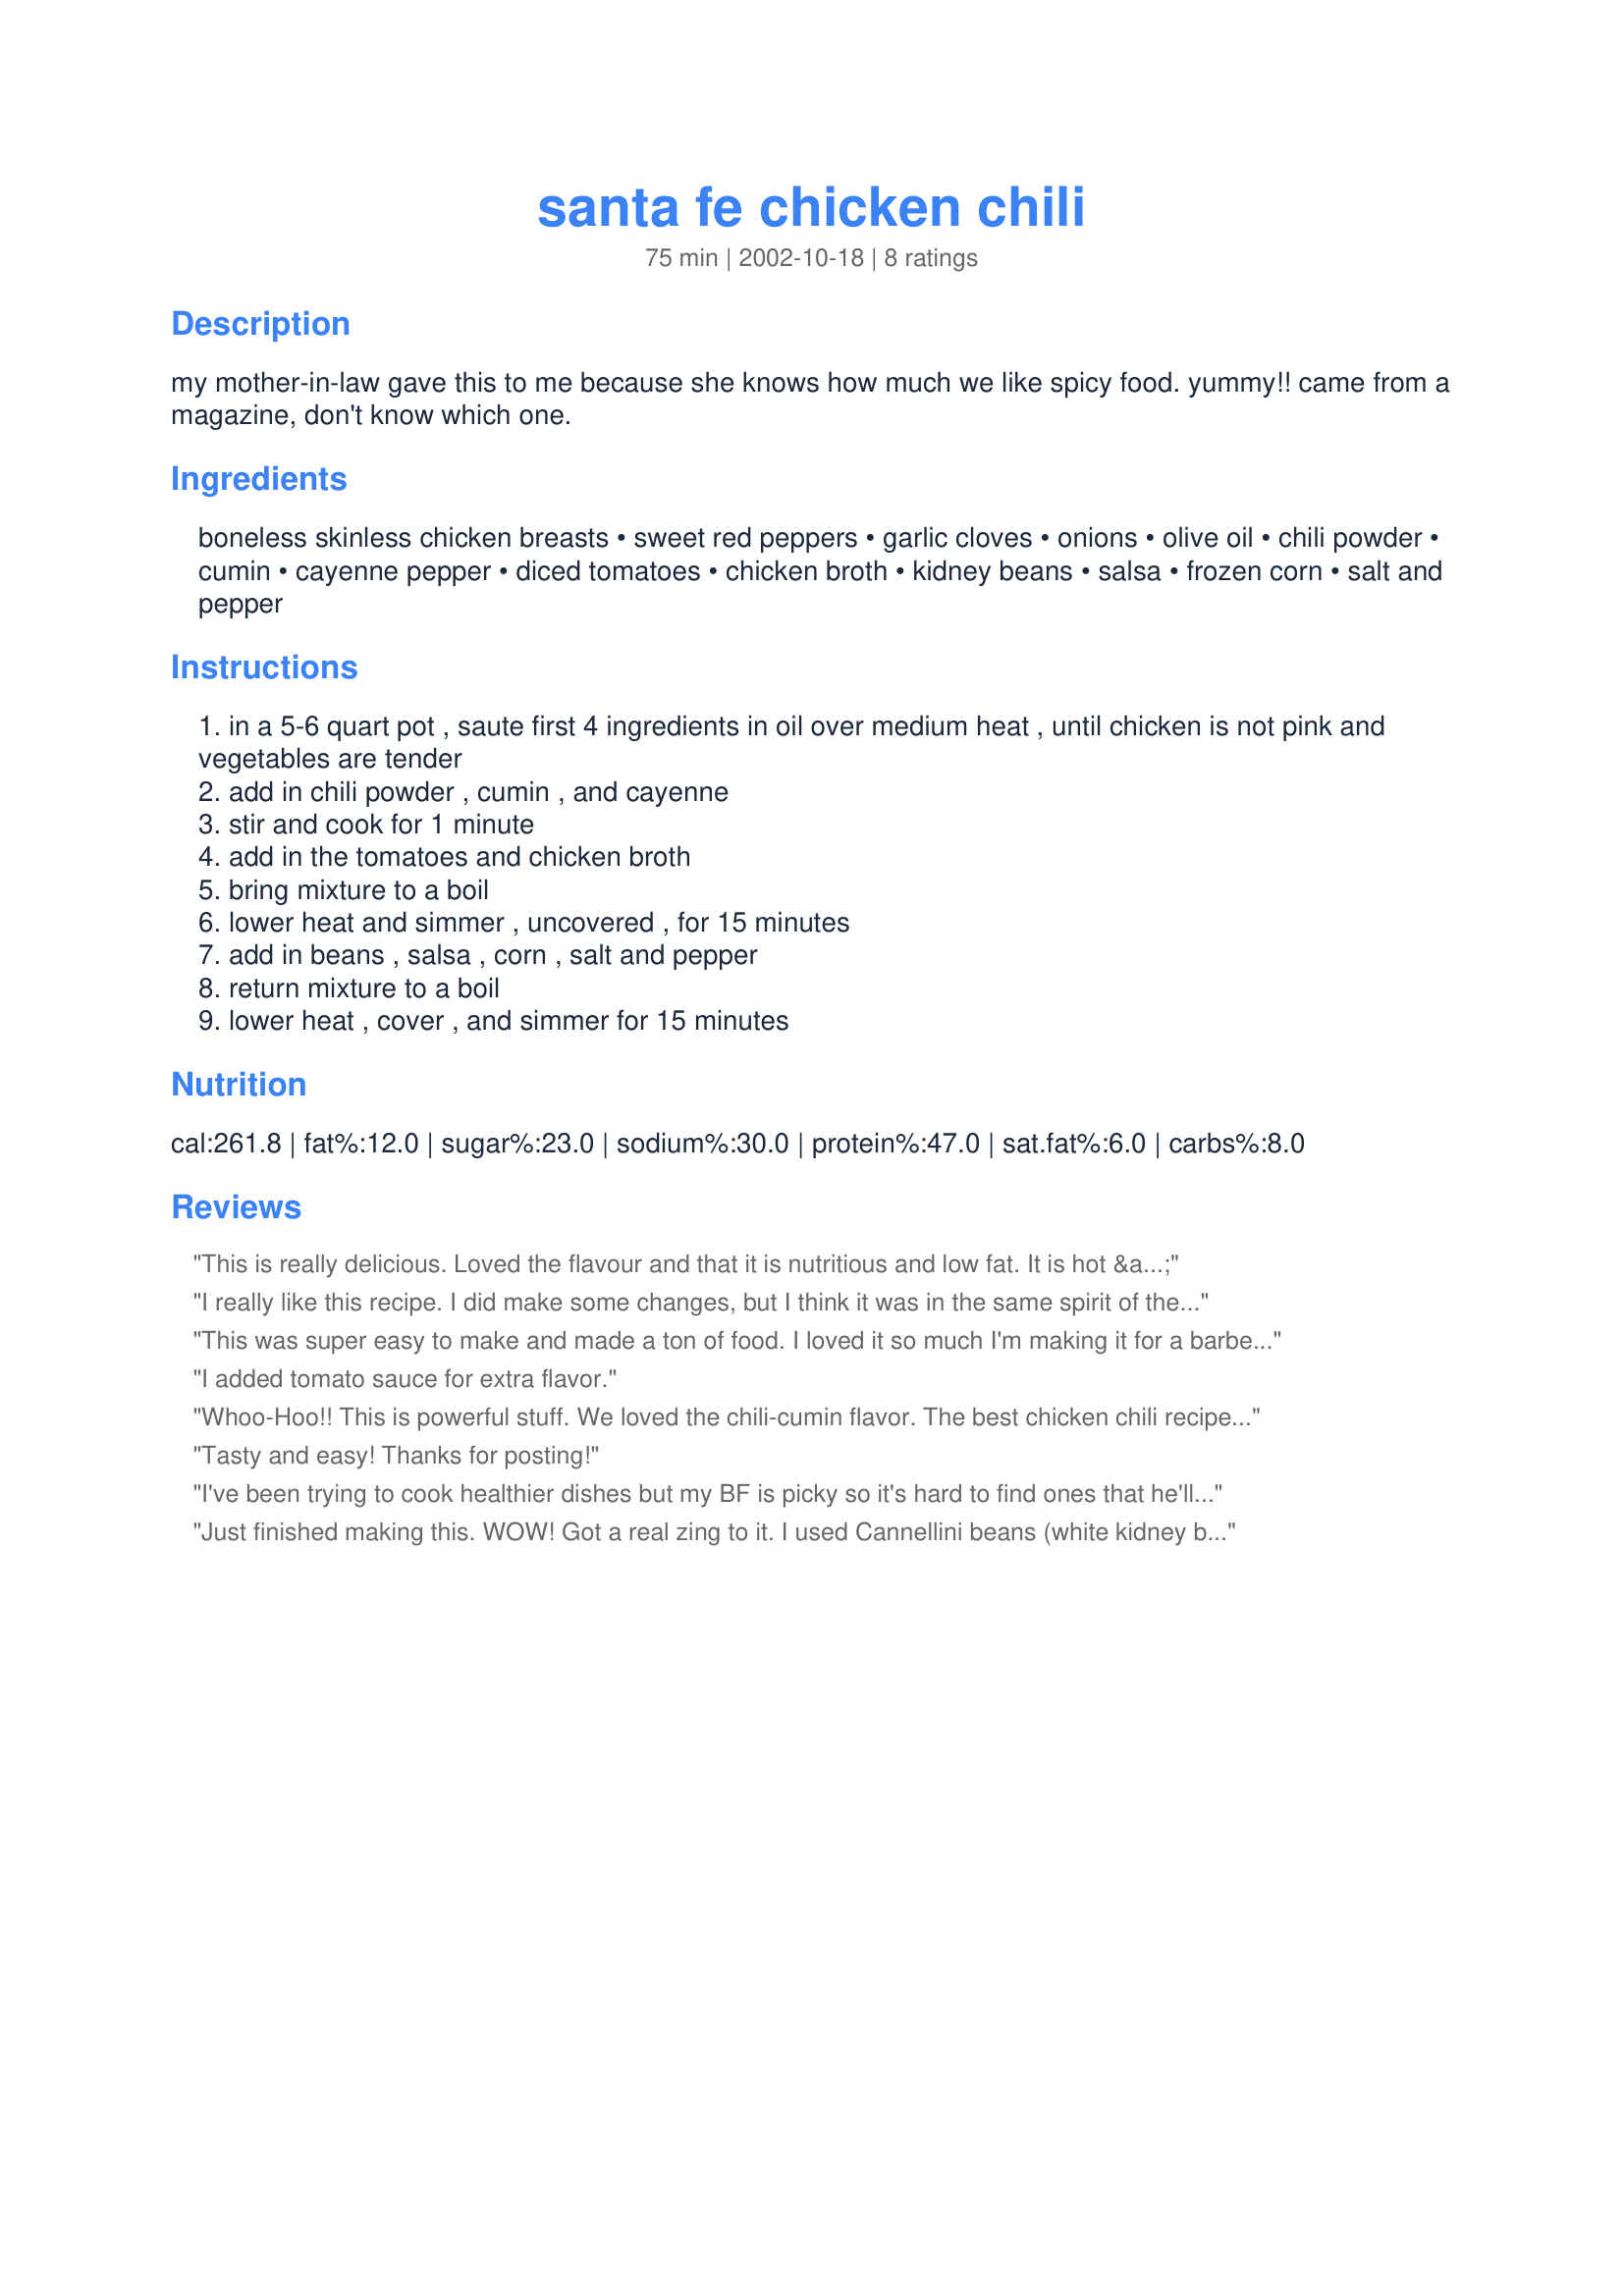
santa fe chicken chili
Preparation time: 75 minutes

my mother-in-law gave this to me because she knows how much we like spicy food. yummy!! came from a magazine, don't know which one.

Ingredients:
boneless skinless chicken breasts, sweet red peppers, garlic cloves, onions, olive oil, chili powder, cumin, cayenne pepper, diced tomatoes, chicken broth, kidney beans, salsa, frozen corn, salt and pepper

Steps:
in a 5-6 quart pot , saute first 4 ingredients in oil over medium heat , until chicken is not pink and vegetables are tender
add in chili powder , cumin , and cayenne
stir and cook for 1 minute
add in the tomatoes and chicken broth
bring mixture to a boil
lower heat and simmer , uncovered , for 15 minutes
add in beans , salsa , corn , salt and pepper
return mixture to a boil
lower heat , cover , and simmer for 15 minutes

Reviews:
This is really delicious. Loved the flavour and that it is nutritious and low fat. It is hot & spicy and is wonderful for cold winter nights.
I really like this recipe. I did make some changes, but I think it was in the same spirit of the recipe. I didn't have a red pepper so used green pepper. I also added about 1/4 cup tomato sauce and chopped fresh cilantro. I also skipped the jar of salsa (probably made up for this with the tomato sauce and cilantro I added). I only had a can of chili (pinto) beans. I did not rinse the beans.
reduced the cumin to 1 tsp and added 1 tsp oregano.
When I make this again, I think I will season the chicken before cooking so it marinades.
Even though I made changes, I think it's a great recipe so thanks for putting me in the right direction. It was yummy.
This was super easy to make and made a ton of food. I loved it so much I'm making it for a barbecue I'm going to. I reccomend using a high quality salsa.
I added tomato sauce for extra flavor.
Whoo-Hoo!! This is powerful stuff. We loved the chili-cumin flavor. The best chicken chili recipe I have ever tasted. Makes a lot so I gave some to my brother and SIL. They raved about it too. Goes good with a salad and cold beer. Thanks Nurse Di, you rock!!
Tasty and easy! Thanks for posting!
I've been trying to cook healthier dishes but my BF is picky so it's hard to find ones that he'll like. He gave this chili two thumbs up so I'll be adding it to my cookbook. Thanks for a great recipe.
Just finished making this. WOW! Got a real zing to it. I used Cannellini beans (white kidney beans) and Green Taco Sauce instead of regular salsa. Turned out great. Will definitely make this one again. I too would have a cold beer with this one. Thanks for submitting.
